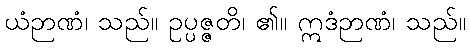
ယံဉာဏံ၊ သည်။ ဥပ္ပဇ္ဇတိ၊ ၏။ ဣဒံဉာဏံ၊ သည်။